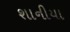
શાનીયા